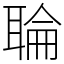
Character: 䎾